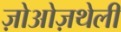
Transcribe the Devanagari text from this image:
ज़ोओज़थेली